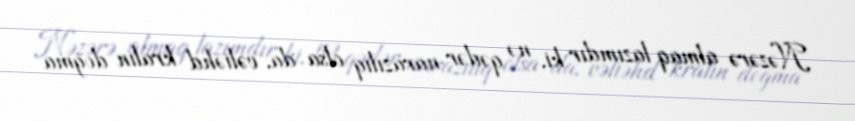
Nəzərə almaq lazımdır ki, nə qədər narazılıq olsa da, vəliəhd kralın doğma